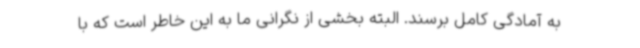
به آمادگی کامل برسند. البته بخشی از نگرانی ما به این خاطر است که با